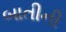
બાતીની